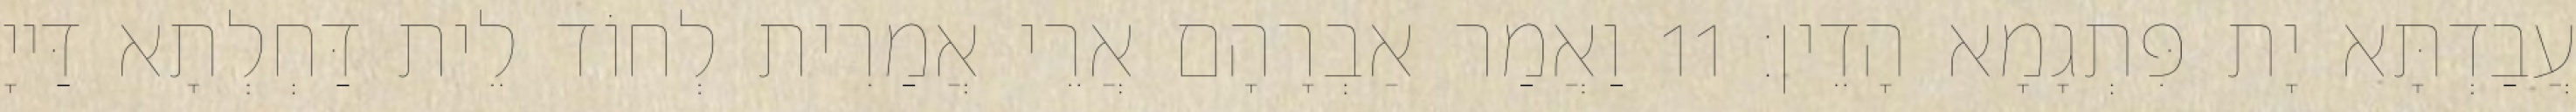
עֲבַדְתָּא יָת פִּתְגָמָא הָדֵין׃ 11 וַאֲמַר אַבְרָהָם אֲרֵי אֲמַרִית לְחוֹד לֵית דַּחְלְתָא דַּייָ